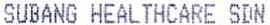
SUBANG HEALTHCARE SDN